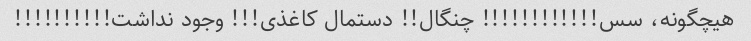
هیچگونه، سس!!!!!!!!!!!! چنگال!! دستمال کاغذى!!! وجود نداشت!!!!!!!!!!